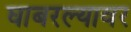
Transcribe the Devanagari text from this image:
घाबरल्यावर